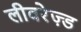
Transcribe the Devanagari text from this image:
लीवरेज़्ड